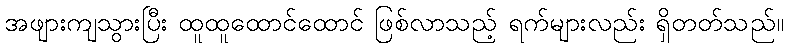
အဖျားကျသွားပြီး ထူထူထောင်ထောင် ဖြစ်လာသည့် ရက်များလည်း ရှိတတ်သည်။